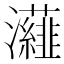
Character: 𭳷